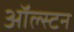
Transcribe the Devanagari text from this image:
ऑल्स्टन